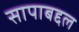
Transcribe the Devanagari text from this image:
सापाबद्दल